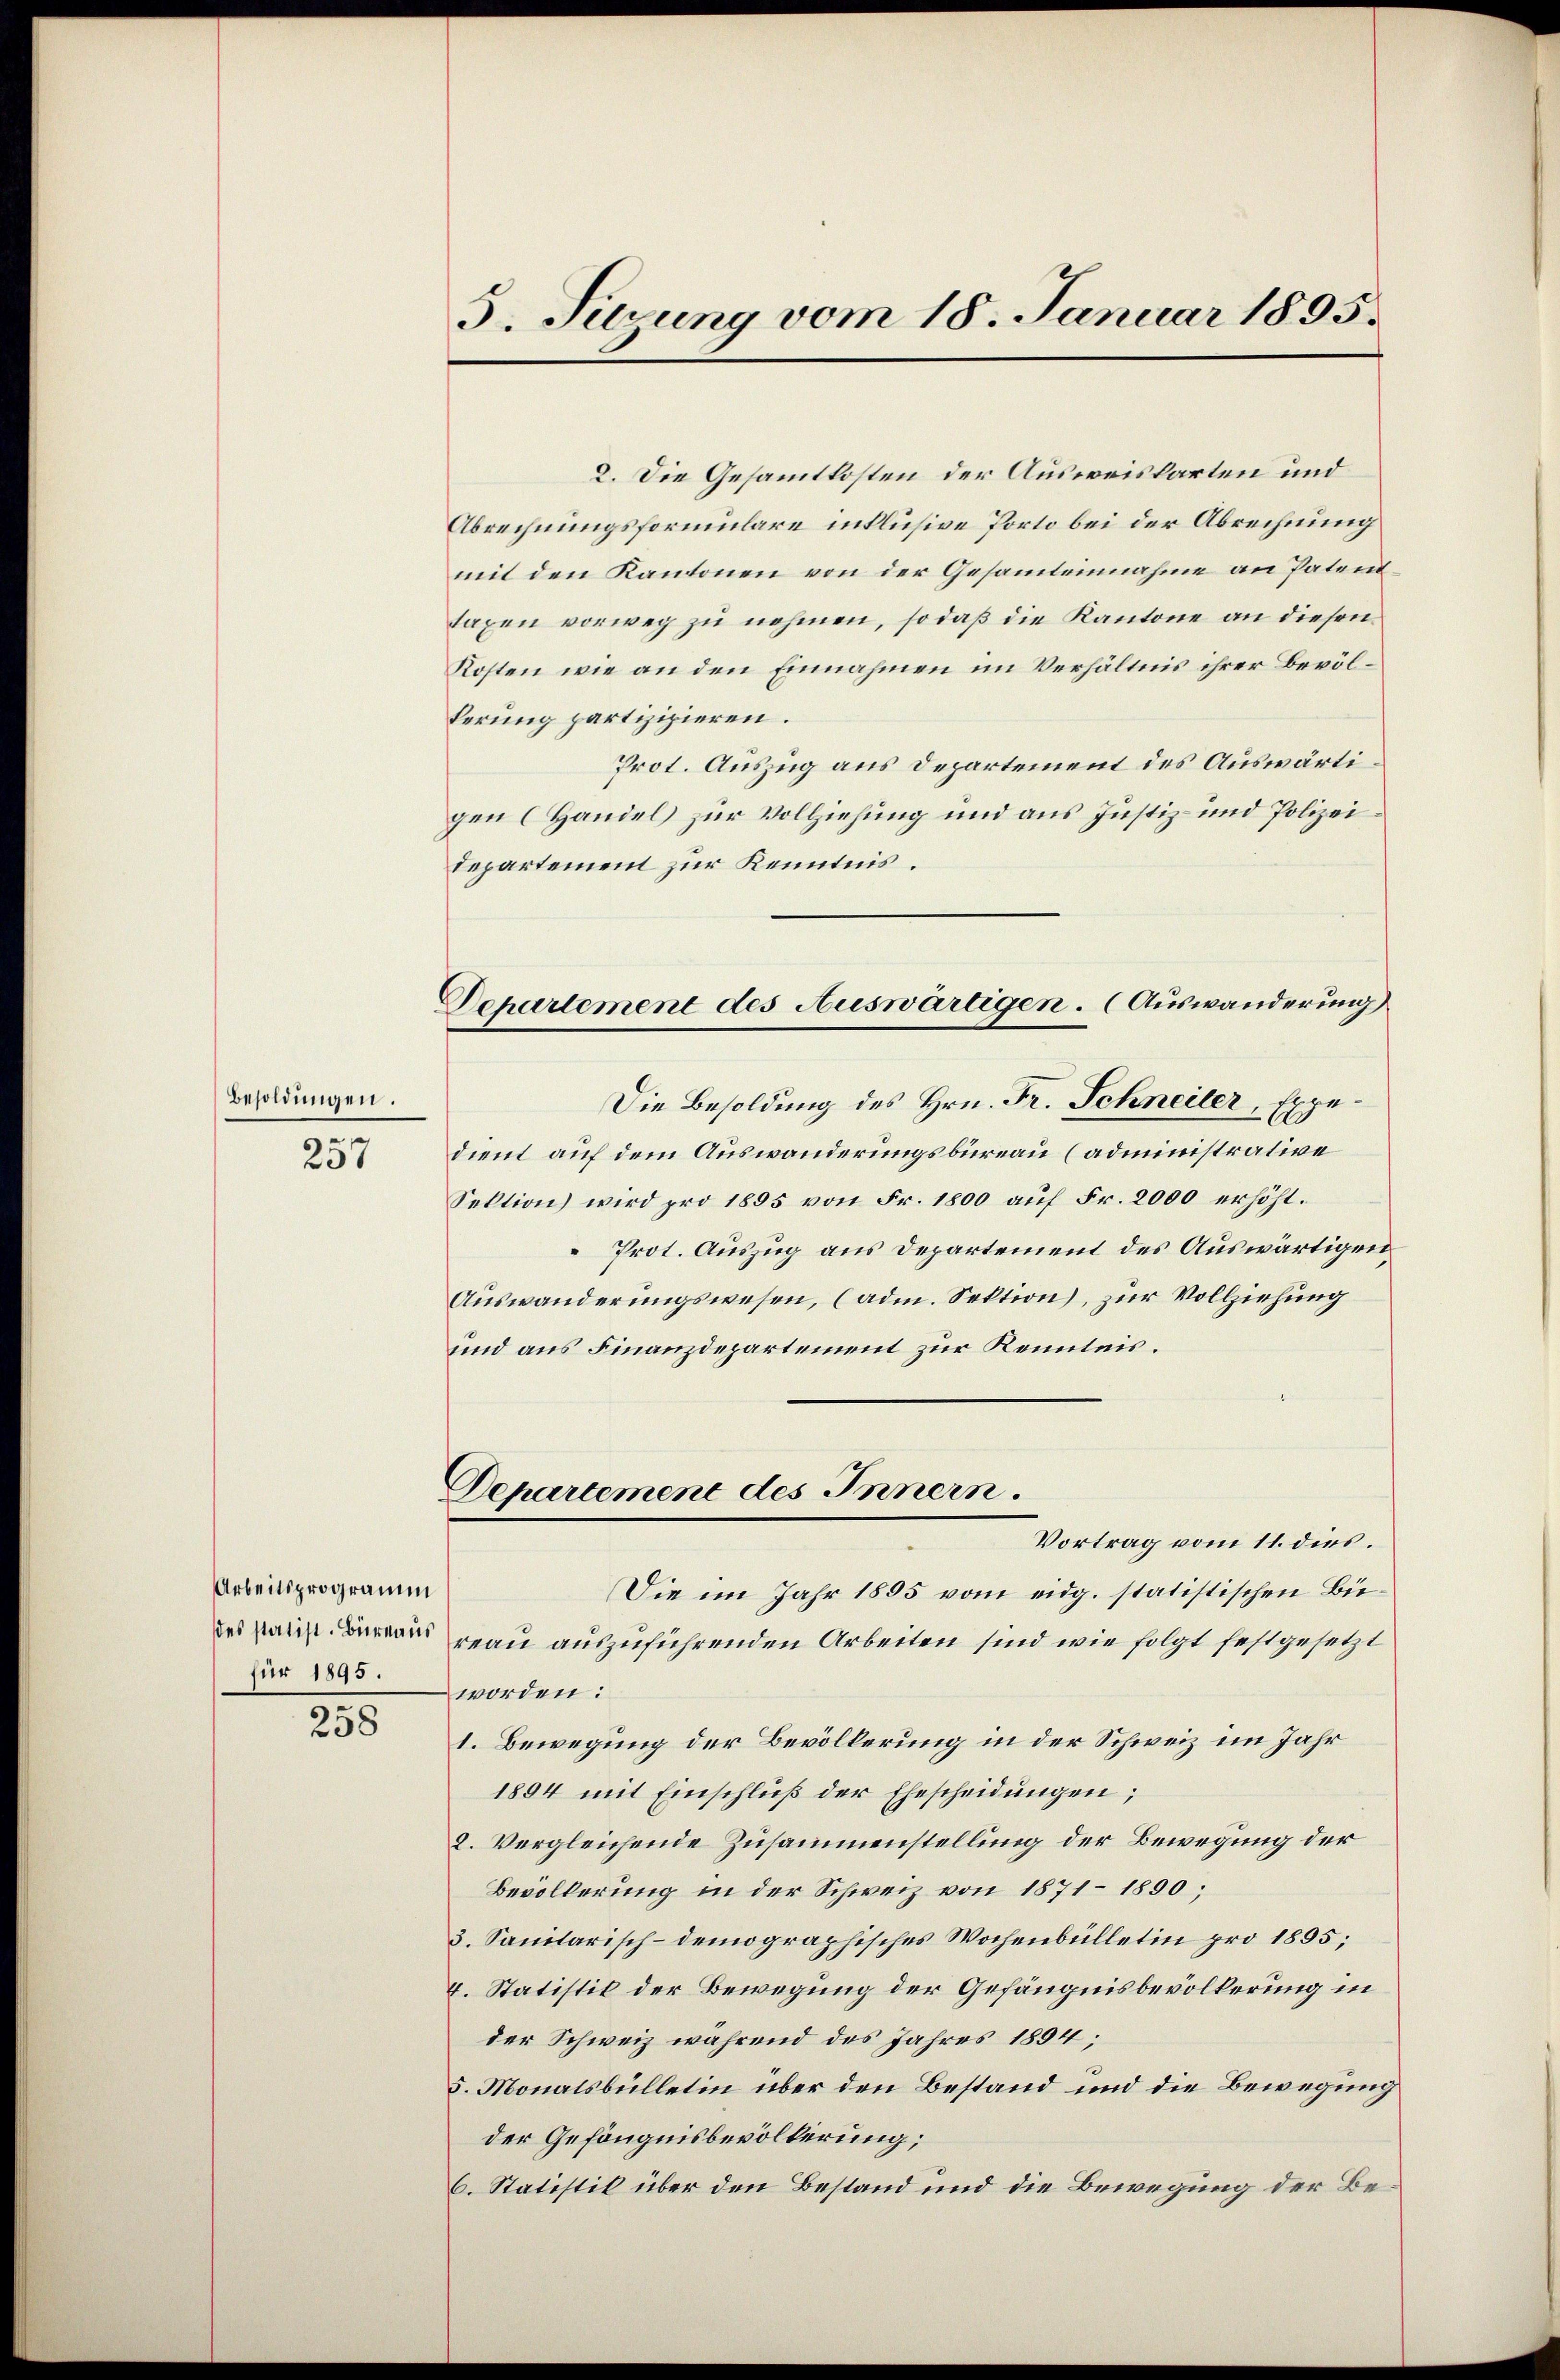
Besoldungen.
.

207

Arbeitsprogramm
für 1895.

258

2. Die Gesammtkosten der Ausweiskarten und
Abrechnungsformulare inklusive Porto bei der Abrechnung
mit den Kantonen von der Gesamteinnahme an Patendtaxen vorweg zu nehmen, so daß die Kantone an diesen
Kosten wie an den Einnahmen im Verhältnis ihrer Bevölkerung partizipieren.
Prot. Auszug aus Departement des Auswärtigen (Handel zur Vollziehung und aus Justiz- und Polizeidepartement zur Kenntnis.
dient auf dem Auswanderungsbureau (administrative
Sektion wird pro 1895 von Fr. 1800 auf Fr. 2000 erhöht.
Prot. Auszug aus Departement des Auswärtigen
Auswanderungswesen, (adm. Sektion), zur Vollziehung
und aus Finanzdepartement zur Kenntnis.
Departement des Innern.
Vortrag vom 11. dies.
Die im Jahr 1855 vom eidg. statistischen Büreau auszuführenden Arbeiten sind wie folgt festgesetzt
worden:
1. Bewegung der Bevölkerung in der Schweiz im Jahr
1894 mit Einschluß der Ehescheidungen;
8. Vergleichende Zusammenstellung der Bewegung der
Bevölkerung in der Schweiz von 1871 - 1890;
3. Sanitarisch-demographisches Wochenbülletin pro 1895;
4. Statistik der Bewegung der Gefängnisbevölkerung in
der Schweiz während des Jahres 1894;
5. Monatsbülletin über den Bestand und die Bewegung
der Gefängnisbevölkerung;
6. Statistik über den Bestand und die Bewegung der Be¬

5. Türung vom 18. Januar 1895.

Dchartement des Auswärtigen. (Auswanderung
Die Besoldung des Hrn. Fr. Schneiler, Expe¬